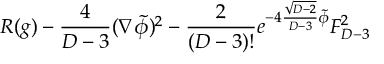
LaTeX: R ( g ) - { \frac { 4 } { D - 3 } } ( \nabla \tilde { \phi } ) ^ { 2 } - { \frac { 2 } { ( D - 3 ) ! } } e ^ { - 4 { \frac { \sqrt { D - 2 } } { D - 3 } } \tilde { \phi } } F _ { D - 3 } ^ { 2 }